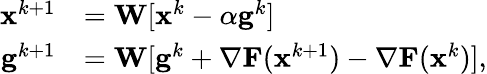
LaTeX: \begin{array}{rl}{{\mathbf{x}}^{k+1}}&{={\mathbf{W}}[{\mathbf{x}}^{k}-\alpha{\mathbf{g}}^{k}]}\\ {{\mathbf{g}}^{k+1}}&{={\mathbf{W}}[{\mathbf{g}}^{k}+{\nabla}\mathbf{F}(\mathbf{x}^{k+1})-{\nabla}\mathbf{F}(\mathbf{x}^{k})],}\end{array}